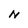
Character: N